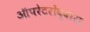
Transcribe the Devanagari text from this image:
ऑपरेटरोंद्वारा